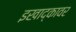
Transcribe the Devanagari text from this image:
इखाद्कावर